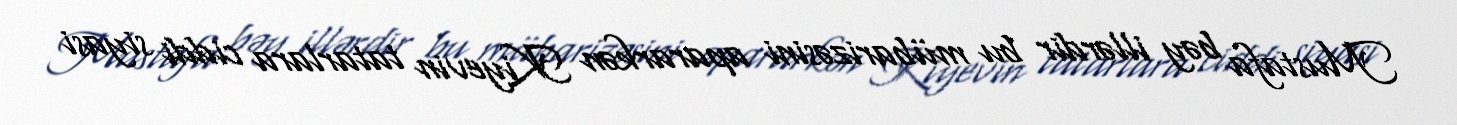
Mustafa bəy illərdir bu mübarizəsini apararkən Kiyevin tatarlara ciddi siyasi